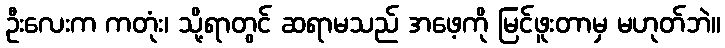
ဦးလေးက ကတုံး၊ သို့ရာတွင် ဆရာမသည် အဖေ့ကို မြင်ဖူးတာမှ မဟုတ်ဘဲ။